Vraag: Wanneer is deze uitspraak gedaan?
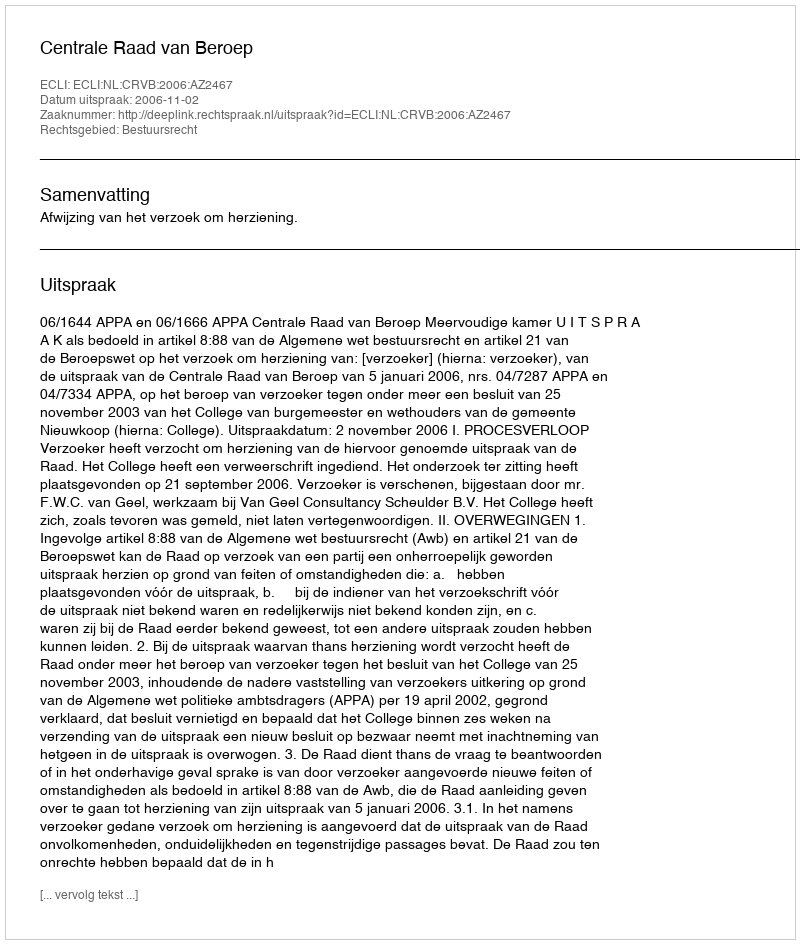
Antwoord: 2006-11-02